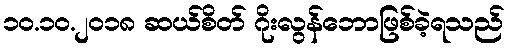
၁၀.၁၀.၂၀၁၈ ဆယ်စိတ် ဂိုးလွန်ဘောဖြစ်ခဲ့ရသည်